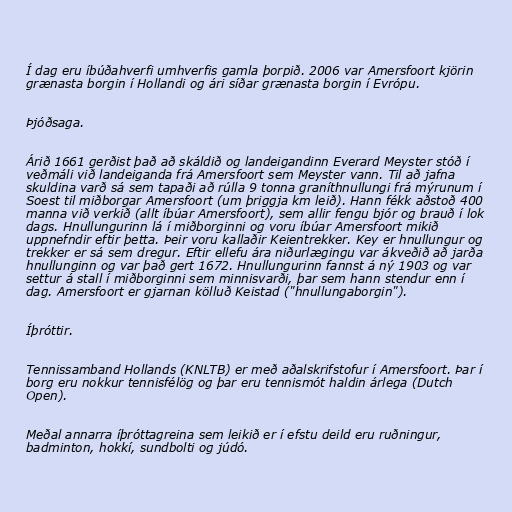
Í dag eru íbúðahverfi umhverfis gamla þorpið. 2006 var Amersfoort kjörin
grænasta borgin í Hollandi og ári síðar grænasta borgin í Evrópu.

Þjóðsaga.

Árið 1661 gerðist það að skáldið og landeigandinn Everard Meyster stóð í
veðmáli við landeiganda frá Amersfoort sem Meyster vann. Til að jafna
skuldina varð sá sem tapaði að rúlla 9 tonna graníthnullungi frá mýrunum í
Soest til miðborgar Amersfoort (um þriggja km leið). Hann fékk aðstoð 400
manna við verkið (allt íbúar Amersfoort), sem allir fengu bjór og brauð í lok
dags. Hnullungurinn lá í miðborginni og voru íbúar Amersfoort mikið
uppnefndir eftir þetta. Þeir voru kallaðir Keientrekker. Key er hnullungur og
trekker er sá sem dregur. Eftir ellefu ára niðurlægingu var ákveðið að jarða
hnullunginn og var það gert 1672. Hnullungurinn fannst á ný 1903 og var
settur á stall í miðborginni sem minnisvarði, þar sem hann stendur enn í
dag. Amersfoort er gjarnan kölluð Keistad ("hnullungaborgin").

Íþróttir.

Tennissamband Hollands (KNLTB) er með aðalskrifstofur í Amersfoort. Þar í
borg eru nokkur tennisfélög og þar eru tennismót haldin árlega (Dutch
Open).

Meðal annarra íþróttagreina sem leikið er í efstu deild eru ruðningur,
badminton, hokkí, sundbolti og júdó.